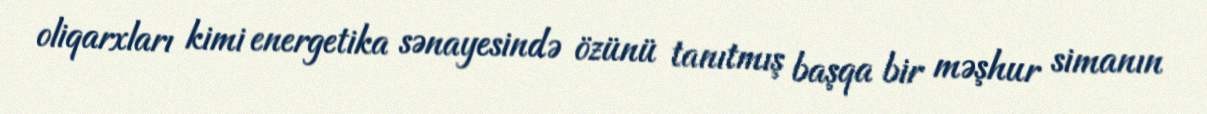
oliqarxları kimi energetika sənayesində özünü tanıtmış başqa bir məşhur simanın